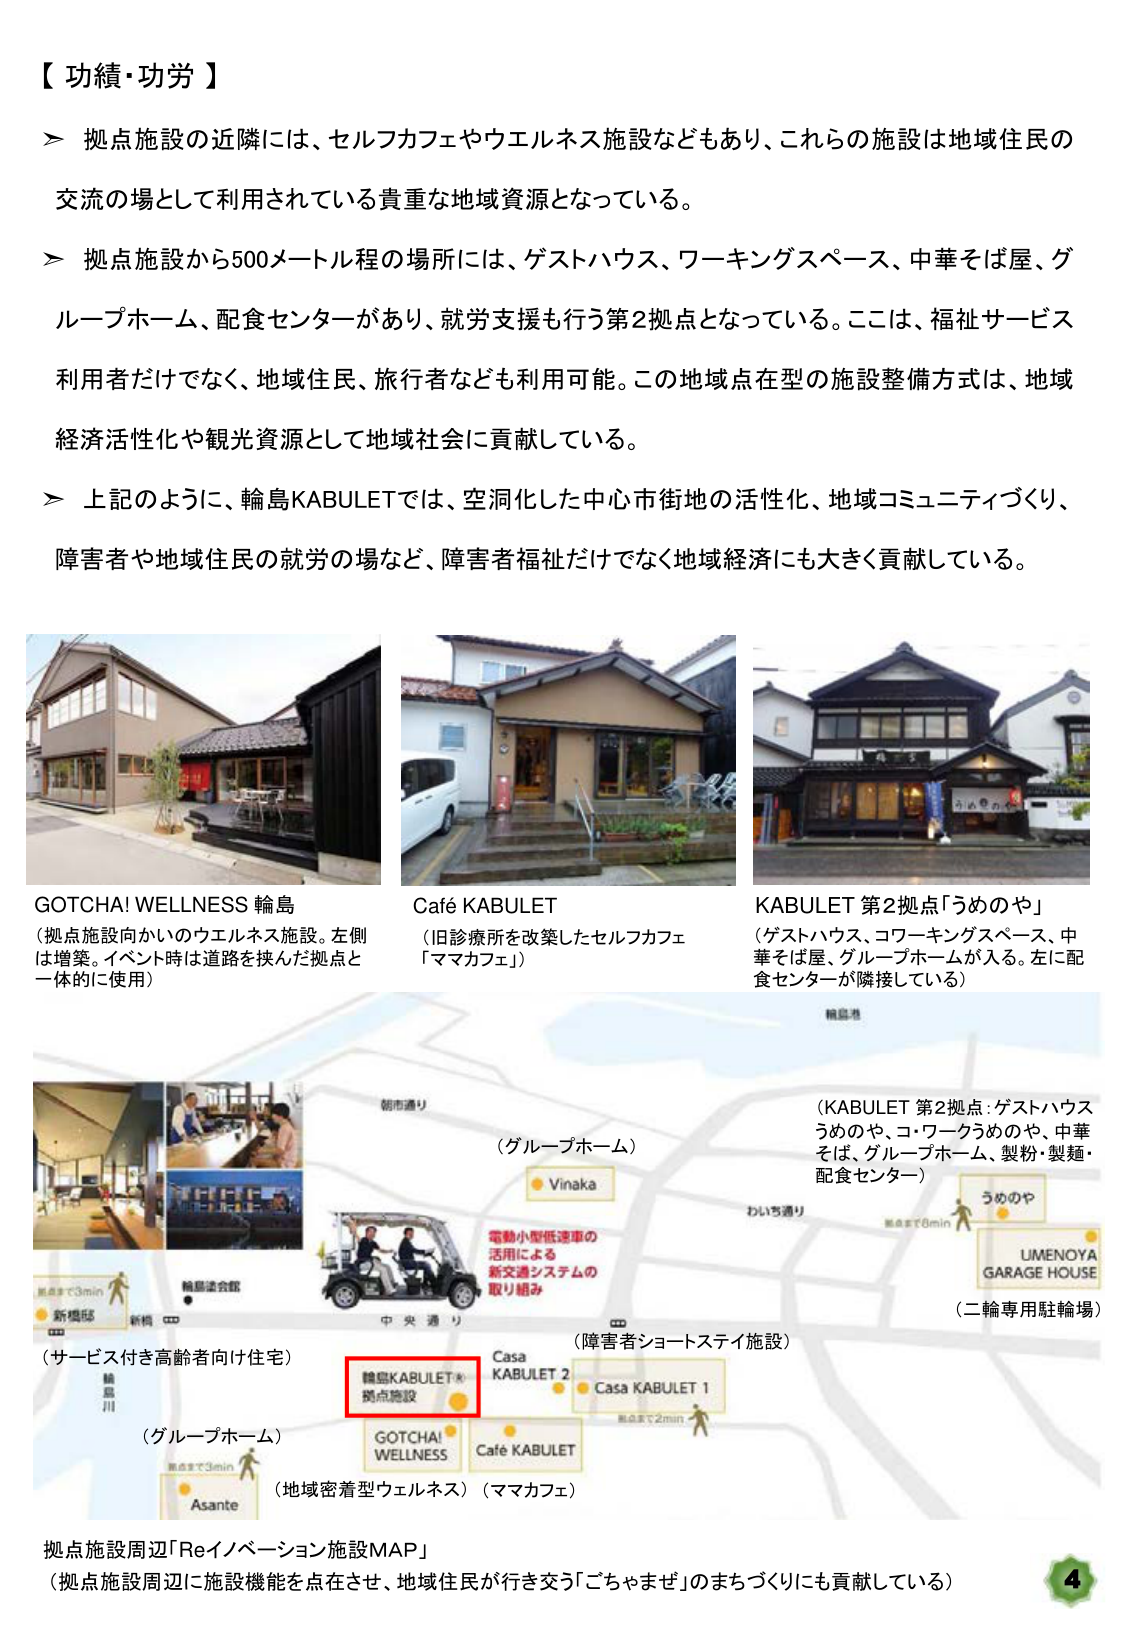
【功績・功労】

＞ 拠点施設の近隣には、セルフカフェやウエルネス施設などもあり、これらの施設は地域住民の交流の場として利用されている貴重な地域資源となっている。

＞ 拠点施設から500メートル程の場所には、ゲストハウス、ワーキングスペース、中華そば屋、グループホーム、配食センターがあり、就労支援も行う第2拠点となっている。ここは、福祉サービス利用者だけでなく、地域住民、旅行者なども利用可能。この地域点在型の施設整備方式は、地域経済活性化や観光資源として地域社会に貢献している。

＞ 上記のように、輪島KABULETでは、空洞化した中心市街地の活性化、地域コミュニティづくり、障害者や地域住民の就労の場など、障害者福祉だけでなく地域経済にも大きく貢献している。

GOTCHA! WELLNESS 輪島
（拠点施設向かいのウエルネス施設。左側は増築。イベント時は道路を挟んだ拠点と一体的に使用）

Café KABULET
（旧診療所を改築したセルフカフェ「ママカフェ」）

KABULET 第2拠点「うめのや」
（ゲストハウス、コワーキングスペース、中華そば屋、グループホームが入る。左に配食センターが隣接している）

（KABULET 第2拠点：ゲストハウスうめのや、コ・ワークうめのや、中華そば、グループホーム、製粉・製麺・配食センター）

（二輪専用駐輪場）

（グループホーム）

（サービス付き高齢者向け住宅）

（障害者ショートステイ施設）

輪島KABULET
拠点施設

Casa KABULET 2
Casa KABULET 1

GOTCHA!
WELLNESS

Café KABULET

（地域密着型ウェルネス）（ママカフェ）

拠点施設周辺「Reイノベーション施設MAP」
（拠点施設周辺に施設機能を点在させ、地域住民が行き交う「ごちゃまぜ」のまちづくりにも貢献している）

4